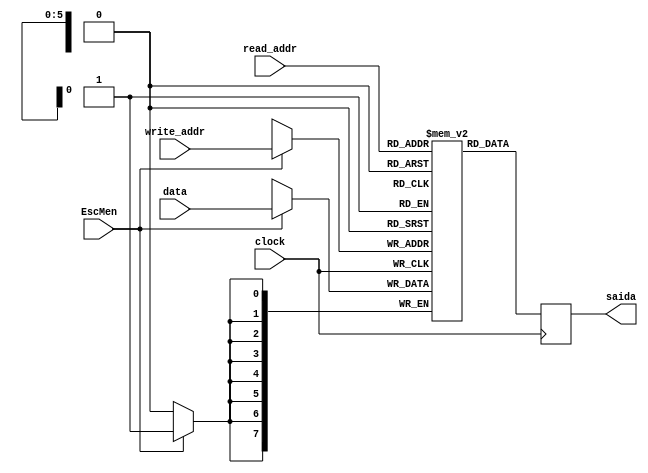
module memoria(data, saida, write_addr, read_addr, EscMen, clock);
parameter DATA_WIDTH=8, ADDR_WIDTH=6;
	input [(DATA_WIDTH-1):0] data;
	input [(ADDR_WIDTH-1):0] read_addr, write_addr;
	input EscMen, clock;
	output reg [(DATA_WIDTH-1):0] saida;
	
	// Declare the RAM variable
	reg [DATA_WIDTH-1:0] ram[2**ADDR_WIDTH-1:0];
	
	always @ (negedge clock)
	begin
		// Write
		if (EscMen)
			ram[write_addr] <= data;
	end
	
	always @ (posedge clock)
	begin
		// Read 
		saida <= ram[read_addr];
	end
	
endmodule